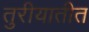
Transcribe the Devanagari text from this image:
तुरीयातीत